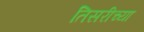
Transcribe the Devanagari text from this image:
तिसरीच्या